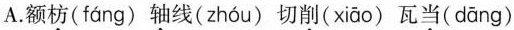
A.额枋( fáng )轴线( zhóu )切削( xiāo )瓦当( dāng )